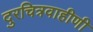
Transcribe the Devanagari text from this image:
दुरचित्रवाहीणी